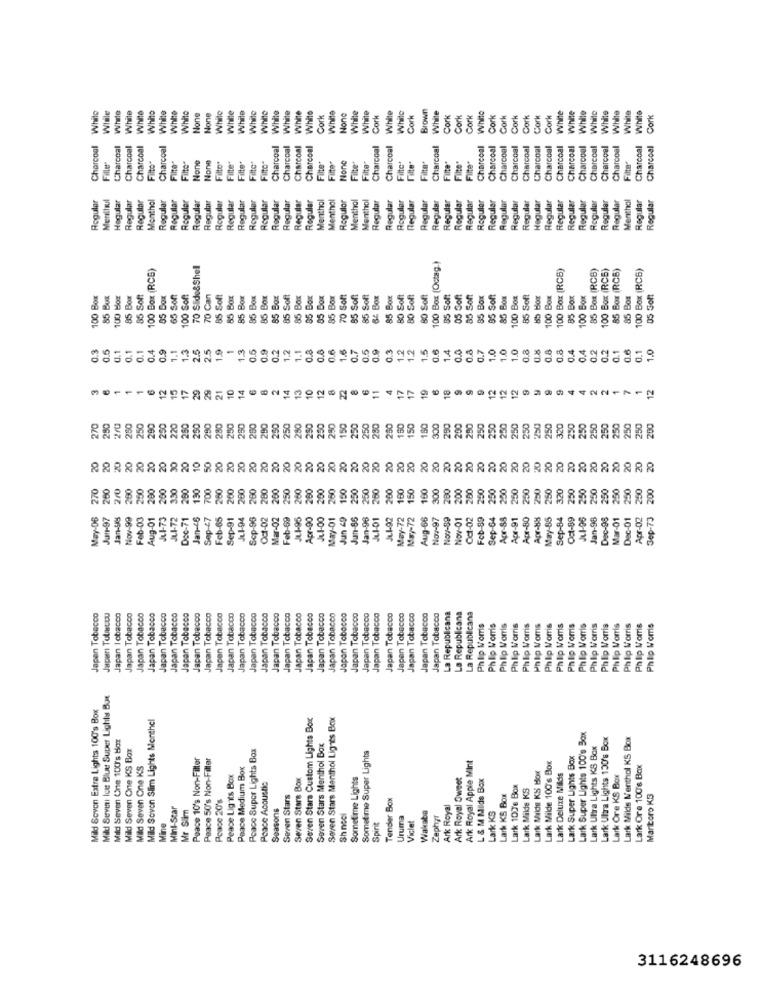
dlaile
White
While
White
White
While
White
White
While
While
While
While
While
Ntule
White
hito
White
White
Cork
White
While
White
Cork
White
While
Cork
Brown
White
Cork
Cork
Cork
White
Cork
Cork
Cork
Cork
Cork
Cork
White
White
White
Cork
Charcoal
Charcoal
Charcoal
Charcoal
Charcoal
Charcoal
Charcoal
Charcoal
Charcoal
Charcoal
Charcoal
Charcoal
Charcoal
Charcoal
Charcoal
Charcoal
Charcoal
Charcoal
Charcoal
Charcoal
Charcoal
Charcoal
Charcoal
Charcoal
Charcoal
Charcoal
Filto
Filter
Filter
Nonve
Filto"
Filter
Filto"
Filter
Filter
Filte"
Filter
Fille
Filte"
Filte"
Filte
Filte
Filter
Filte
Filte"
Filte"
Roguler
Merihwul
Regular
Regular
Regular
Menthol
Regular
Regular
Regular
Regular
Regular
Regular
Regular
Regular
Regular
Regular
Regular
Regular
Regular
Menthol
Menthol
Regular
Menthol
Menthol
Regular
Regular
Roguler
Regular
Regular
Regular
Regular
Regular
Regular
Regular
Regular
Regular
Regular
Hegular
Regular
Regular
Regular
Regular
Regular
Regular
Regular
Menthol
Regular
Regular
Regular
Regular
100 Box (RCS)
70 Slide&Shel
100 Box (Octag.)
100 Box (RCB)
85 Box (RCB)
100 Box (RCB)
85 Box (RCS)
100 Box (RC6)
100 Box
85 Bux
100 Bog
85 Box
85 Soft
95 Box
65 Soft
100 Soft
70 Can
85 Soft
55 Box
85 Box
85 Box
95 Soft
85 Box
85 Box
95 Box
85 Box
85 Soft
85 Soft
64 Box
85 Box
80 Soft
80 Soft
80 Soft
85 Soft
05 Soft
85 Soft
85 Box
85 Soft
85 Box
100 Box
85 Soft
100 Box
85 Box
100 Box
85 Box
05 Soft
85 B
85 B
70 S
0.3
0.5
0.1
0.1
0.1
0.4
0.9
1.1
1.3
2.5
2.5
1.9
1
1.3
0.5
0.9
0.2
1.2
1.1
0.8
0.8
0.6
1.6
0.7
0.5
0.9
0.3
12
1.2
1.5
0.6
1.4
0.0
0.8
0.7
1.0
1.0
1.0
0.8
0.8
0.8
0.4
0.4
0.2
0.2
0.1
0.1
1.0
0.8
0.6
21
10
14
13
10
22
17
17
19
18
9
9
12
12
12
300
250
250
250
250
250
220
260
250
290
280
250
250
250
290
250
250
280
250
250
250
150
250
250
280
280
150
150
150
290
200
250
250
250
250
250
250
250
250
320
250
250
250
250
200
20
20
20
20
20
20
20
20
20
20
250
280
260
330
260
130
700
260
260
280
260
280
200
250
260
260
200
260
150
250
250
260
200
100
150
160
300
280
200
200
250
250
250
250
250
250
250
320
250
250
250
250
250
250
200
May-06
Ju-97
Nov-99
Feb-03
Aug-01
JUL - 72
Doc-71
Jan-46
Sep-47
Feb-65
Sep-91
Jul-94
Scp-96
Oct-02
Mar-02
Feb-69
JL.1-95
Apr-90
JL.1-00
May-01
Jun 49
Jun-86
Jan-96
Jul-01
Jul-92
May-72
May-72
Aug-66
Nov-97
Nov-01
Oct-02
Feb-89
Sep-64
Apr-88
Apr-91
Apr-80
Apr-88
May-85
Sep-84
Oct-89
Jan-98
Dec-98
Mar-01
Dec-01
Apr-02
Sep-73
japan Tobacco
Japan Tobacco
pan Tobacco
Japan Tobacco
pan Tobacco
Japan Tobacco
Japan Tobacco
Japan Tubuscou
Japan Icbacon
Japan Tobacco
Japan Tobacco
Japan Tobacco
Japan Tobacco
can Tobacco
Japan Tobacco
Japan Tobacco
Japan Tobacco
Japan Tobacco
Japan Tobacco
Japan Tobacco
Japan Tobacco
Japan Tobacco
Japan Tobacco
Japan Tobacco
Japan Tobacco
Japan Tobacco
Japan Tobacco
Japan Tobacco
Japan Tobacco
Japan Tobacco
Japan Tobacco
La Republicana
La Republicana
La Republicana
Philip Morris
Philip Morris
Philip Morris
Philip Morris
Philip Morris
Philip Morris
Palp Voms
Philip Morris
Phip Worris
Philip Morris
Philip Morris
Philip Morris
Philip Morris
Phillip Morris
Philip Morris
Philip Morris
Mild Sevini Ice Blue Super Lights Bux
Mild Sovon Extra Lights 100's Box
Mild Sovon Slim Lights Monthel
Seven Stars Custom Lights Box
Seven Stars Menthol Lignes Box
Mild Seven One 100's Box
Lark Super Lights 100's Box
Lark Ultra Lights 130's Box
Lark Milds Menthol KS Box
Mild Seven One KS Box
Peace Super Lights Box
Seven Stars Menthol Box
Lark Ultra Lights KS Box
Peace 10's Non-Filter
Peace 50's Non-Filler
Sometime Super Lights
Ark Royal Apple Mint
Lark Milde 100's Box
Lark Super Lights Box
Mild Seven One KS
Peace Medium Box
Lark Malde KS Box
Lark Ore 100's Box
Peace Lig its Box
Seven Stars Box
Sometime Lights
Ark Royal Sweet
L & M Milds Box
Lark Deluxe Milds
Lark Ore KS Box
Peace Acoustic
Lark 1076 Box
Lark Milds KS
Peace 20's
Seven Stars
Tender Box
Lark KS Box
Maritoro KS
Mini-Star
Mr Silm
Seasons
Sh noci
Wakaba
Ark Royal
Uruma
Zephyr
Lark KS
Mine
Spirit
Viclet
3116248696